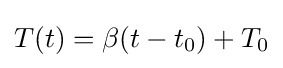
T(t)=\beta (t-t_{0})+T_{0}